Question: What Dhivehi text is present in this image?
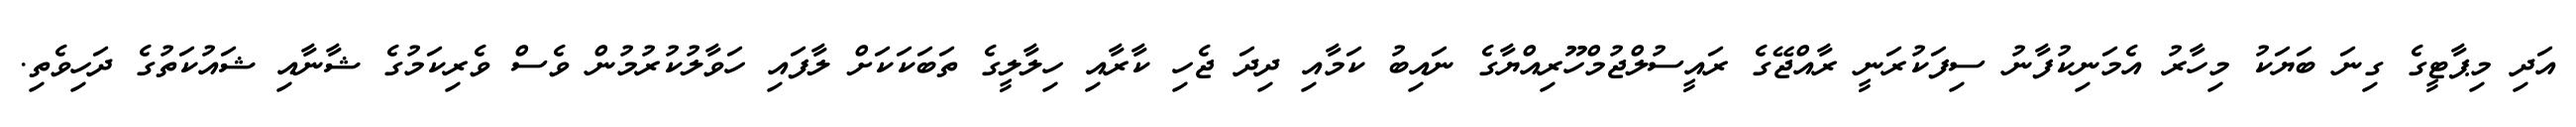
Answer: އަދި މިޕާޓީގެ ގިނަ ބަޔަކު މިހާރު އެމަނިކުފާނު ސިފަކުރަނީ ރާއްޖޭގެ ރައީސުލްޖުމްހޫރިއްޔާގެ ނައިބު ކަމާއި ދިދަ ޖެހި ކާރާއި ހިލާލީގެ ތަބަކަކަށް ލާފައި ހަވާލުކުރުމުން ވެސް ވެރިކަމުގެ ޝާނާއި ޝައުކަތުގެ ދަހިވެތި.